65_HS1-834228961_62-HQ-83894_Section_8
Agency: FBI
Page 189
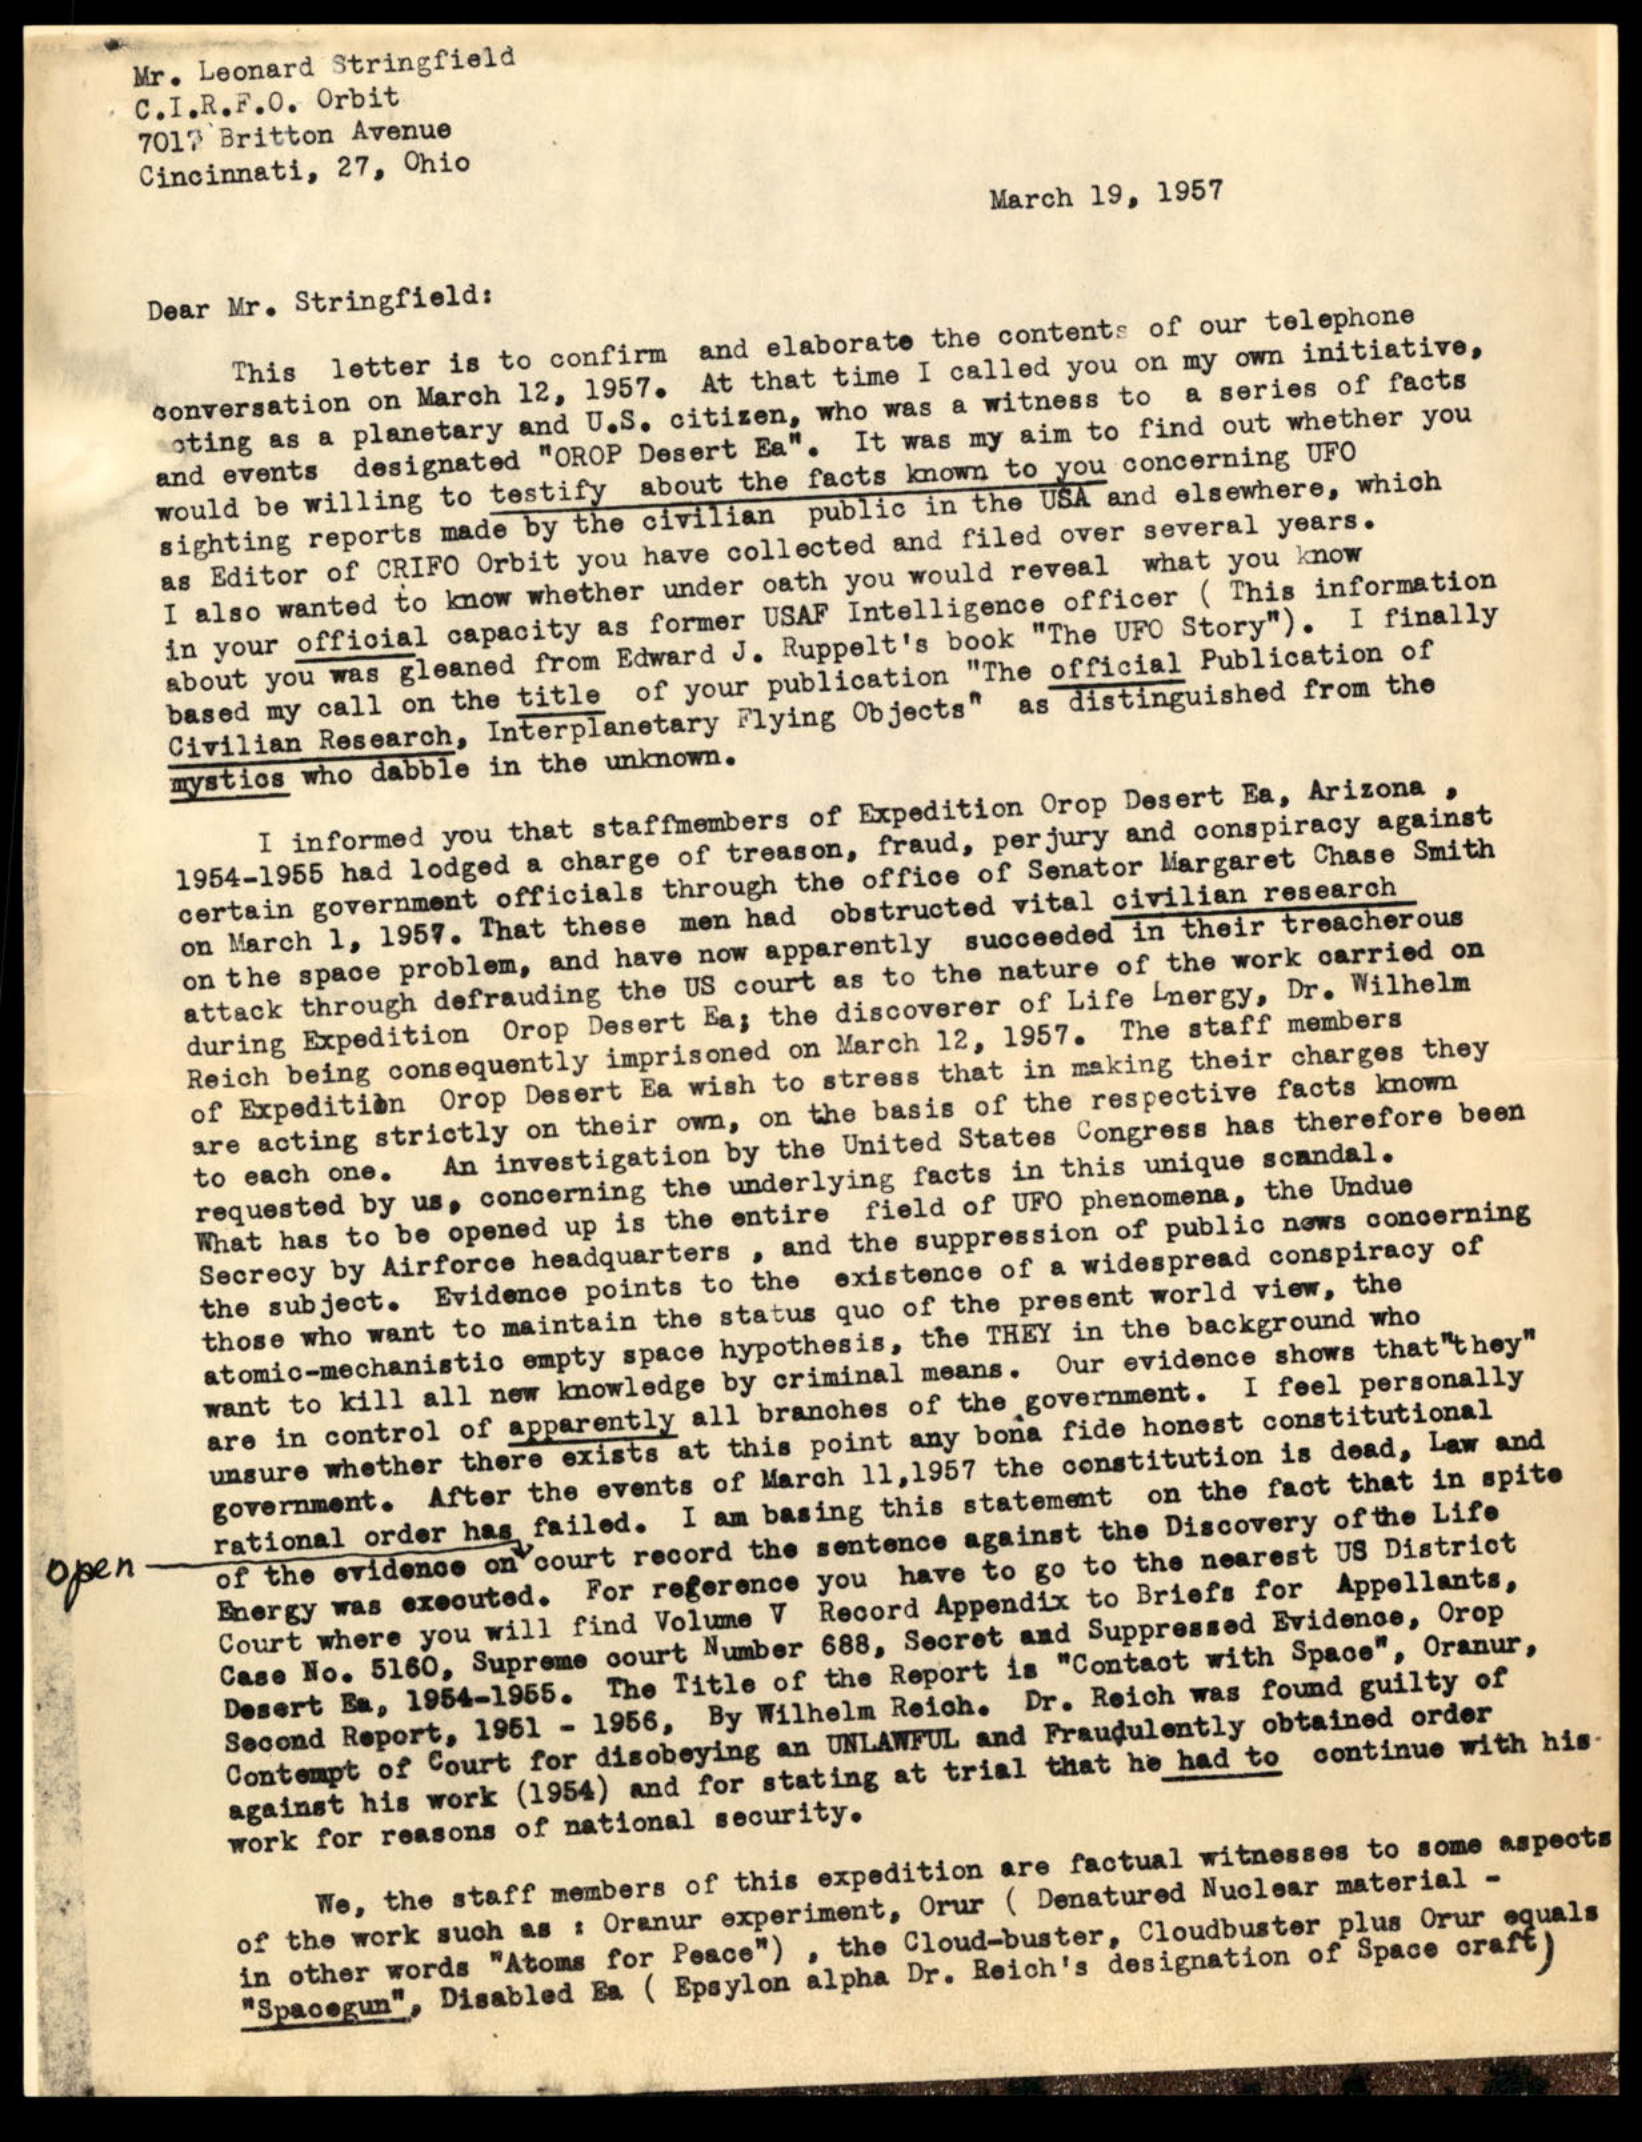